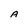
Character: A